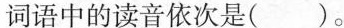
词语中的读音依次是（ ）。